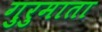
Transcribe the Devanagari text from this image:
गुरुमाता